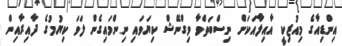
އިންޑިއާގެ މިއުޒިކީ އާއިލާއަކަށް ނިސްބަތްވާ ވިގްނޭޝް ކިޔަވައި ނިންމައިގެން ލަވަ ކިޔުމުގެ ދާއިރާއިން